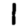
Digit: 1